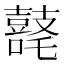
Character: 𪔘